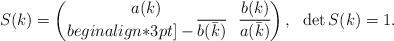
LaTeX: \begin{align*}S(k)=\begin{pmatrix}a(k) & b(k) \\begin{align*}3pt]-\overline{b(\bar{k})} & \overline{a(\bar{k})}\end{pmatrix}, \ \ \det S(k)=1.\end{align*}